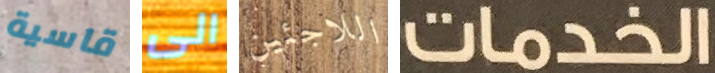
قاسية الى اللاجئين الخدمات